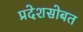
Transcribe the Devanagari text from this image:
प्रदेशसोबत